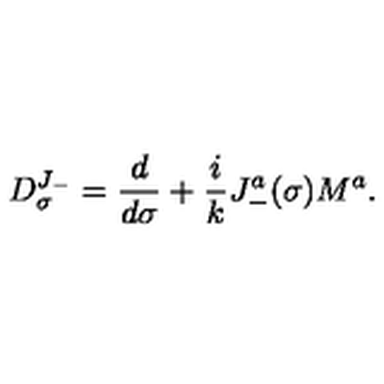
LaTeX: D _ { \sigma } ^ { J _ { - } } = \frac { d } { d \sigma } + \frac { i } { k } J _ { - } ^ { a } ( \sigma ) M ^ { a } .